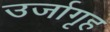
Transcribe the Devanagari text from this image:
उर्जागृह